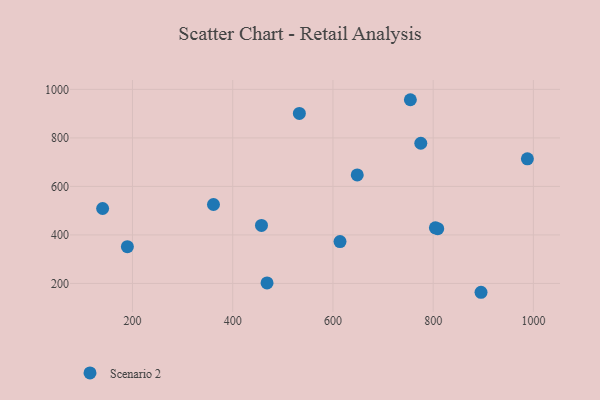
{"axis": {"x": "Price", "y": "Profit"}, "legend": ["Scenario 2"], "data": [{"x": "361.6", "y": 525.5, "type": "Scenario 2"}, {"x": "457.4", "y": 439.0, "type": "Scenario 2"}, {"x": "189.8", "y": 351.4, "type": "Scenario 2"}, {"x": "648.5", "y": 647.2, "type": "Scenario 2"}, {"x": "140.4", "y": 508.9, "type": "Scenario 2"}, {"x": "988.0", "y": 713.9, "type": "Scenario 2"}, {"x": "775.3", "y": 778.0, "type": "Scenario 2"}, {"x": "895.5", "y": 163.6, "type": "Scenario 2"}, {"x": "809.1", "y": 425.6, "type": "Scenario 2"}, {"x": "533.0", "y": 901.0, "type": "Scenario 2"}, {"x": "614.1", "y": 372.6, "type": "Scenario 2"}, {"x": "468.5", "y": 202.2, "type": "Scenario 2"}, {"x": "754.5", "y": 957.4, "type": "Scenario 2"}, {"x": "804.4", "y": 429.2, "type": "Scenario 2"}]}